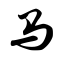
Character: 马